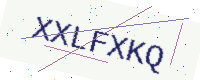
Text: XXLFXKQ